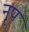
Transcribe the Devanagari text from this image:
नृपं